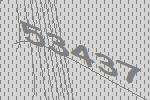
53437